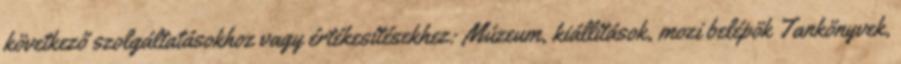
következő szolgáltatásokhoz vagy értékesítésekhez: Múzeum, kiállítások, mozi belépök Tankönyvek,